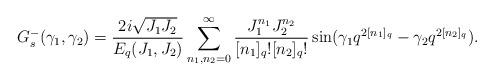
LaTeX: \begin{align*}G^-_s(\gamma_1,\gamma_2) = \frac{2i\sqrt{J_1J_2}}{E_q(J_1,J_2)}\sum_{n_1,n_2 =0}^\infty\frac{J_1^{n_1}J_2^{n_2}}{[n_1]_q![n_2]_q!}\sin(\gamma_1 q^{2[n_1]_q}-\gamma_2q^{2[n_2]_q}). \end{align*}